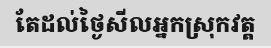
តែដល់ថ្ងៃសីលអ្នកស្រុកវត្ត